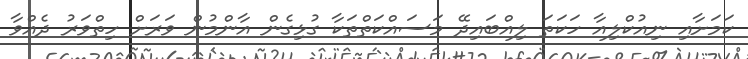
ކަމަށާއި ނިއުކްލިއާ ހަކަތަ ލިއްބައިދޭ މަސައްކަތްތަކާ ގުޅިގެން އާންމުން ވަރަށް ހިތްވަރު ދެއްވާ